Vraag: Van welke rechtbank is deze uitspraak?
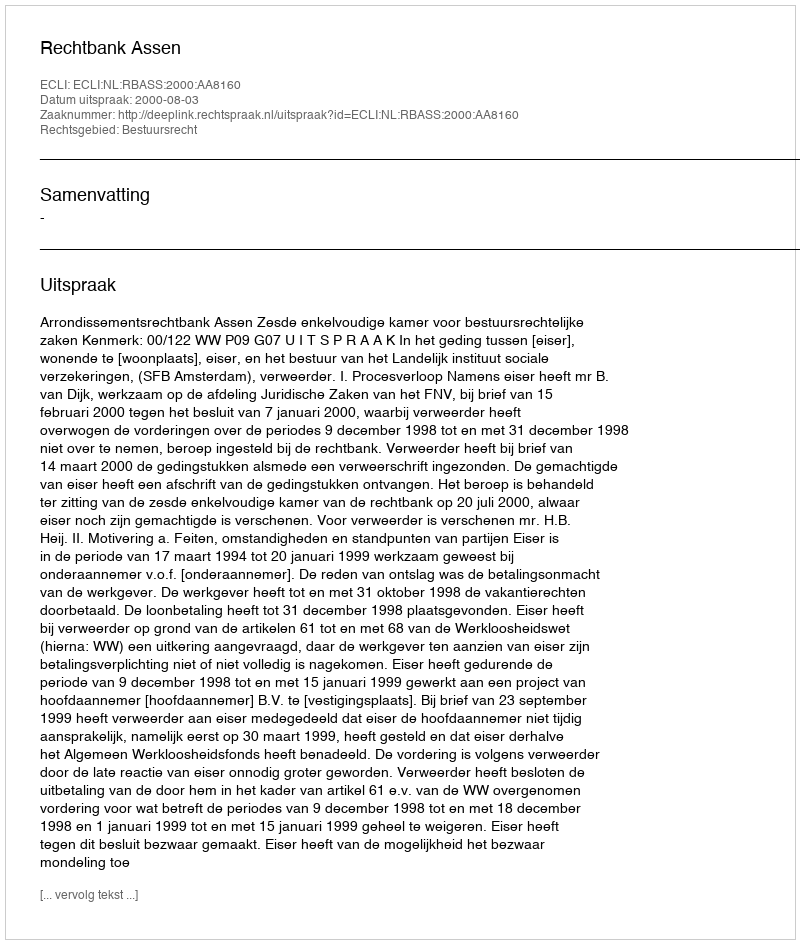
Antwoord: Rechtbank Assen